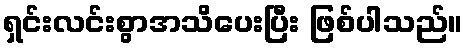
ရှင်းလင်းစွာအသိပေးပြီး ဖြစ်ပါသည်။